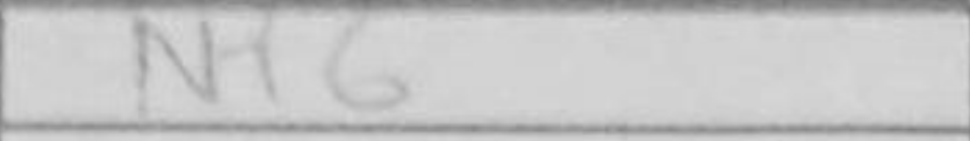
Transcription: Nf6